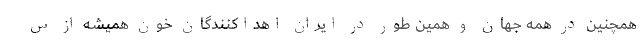
همچنین در همه جهان و همین طور در ایران اهداکنندگان خون همیشه از س